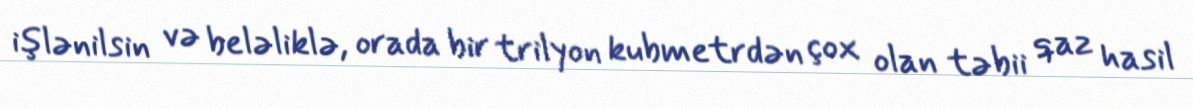
işlənilsin və beləliklə, orada bir trilyon kubmetrdən çox olan təbii qaz hasil